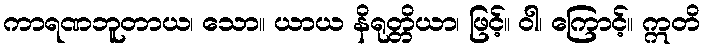
ကာရဏဘူတာယ၊ သော။ ယာယ နိရုတ္တိယာ၊ ဖြင့်။ ဝါ၊ ကြောင့်။ ဣတိ